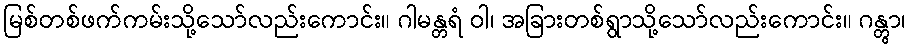
မြစ်တစ်ဖက်ကမ်းသို့သော်လည်းကောင်း။ ဂါမန္တရံ ဝါ၊ အခြားတစ်ရွာသို့သော်လည်းကောင်း။ ဂန္တွာ၊